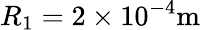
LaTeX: R_{1}=2\times 10^{-4}\mathrm{m}